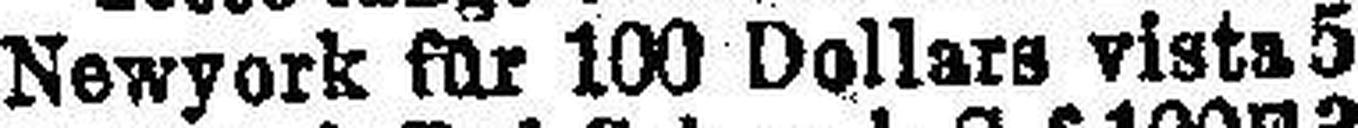
Newyork für 100 Dollars vista 5